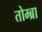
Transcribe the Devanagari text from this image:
तोम्ब्रा